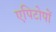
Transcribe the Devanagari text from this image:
एपिटोपों